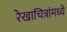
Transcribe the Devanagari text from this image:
रेखाचित्रांमध्ये